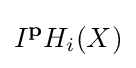
I^{\mathbf {p} }H_{i}(X)